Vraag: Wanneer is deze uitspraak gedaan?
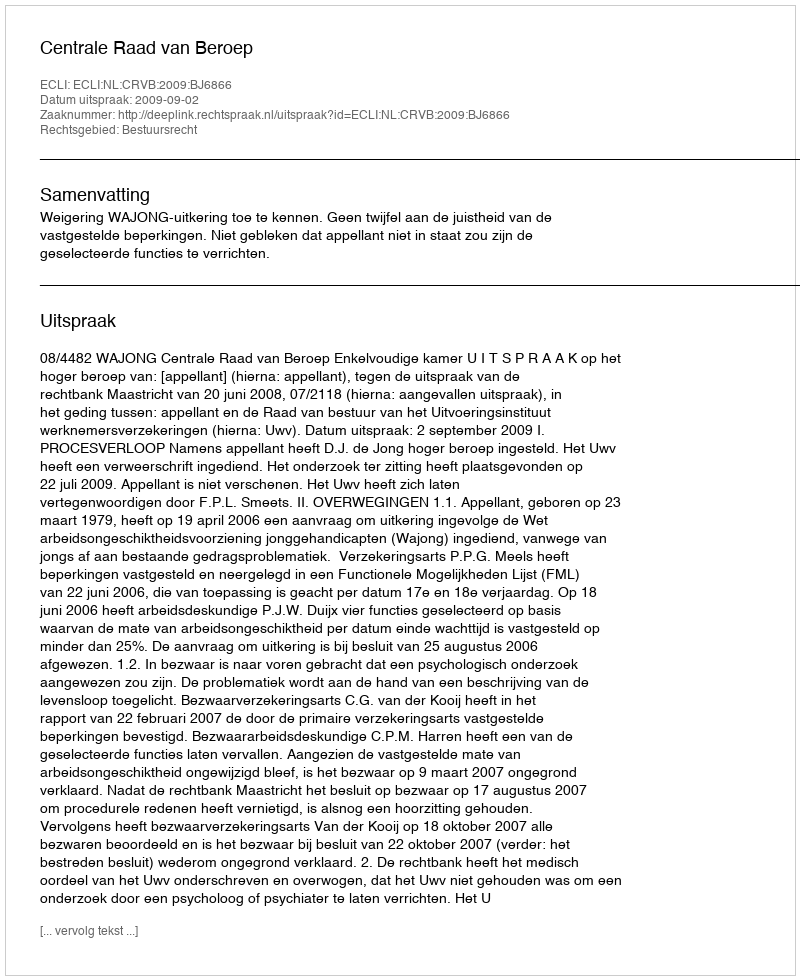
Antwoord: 2009-09-02